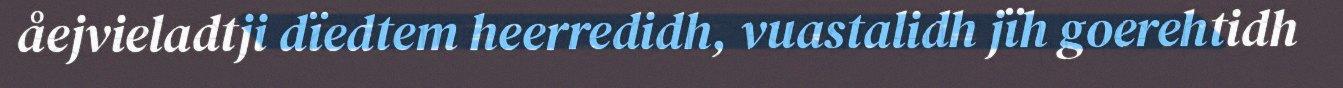
åejvieladtji dïedtem heerredidh, vuastalidh jïh goerehtidh